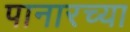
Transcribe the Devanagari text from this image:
पानारच्या